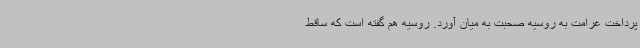
پرداخت غرامت به روسیه صحبت به میان آورد. روسیه هم گفته است که ساقط